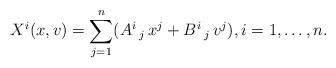
LaTeX: \begin{align*}X^i(x,v)= \sum_{j=1}^n(A^i\,_j\,x^j+B^i\,_j \, v^j),i=1,\ldots,n.\end{align*}